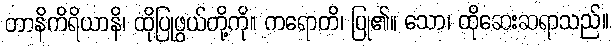
တာနိကိရိယာနိ၊ ထိုပြုဖွယ်တို့ကို။ ကရောတိ၊ ပြု၏။ သော၊ ထိုဆေးဆရာသည်။